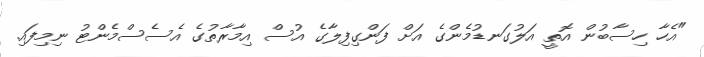
"އެހާ ހިސާބުން އޮތީ އަލުގަނޑުމެންގެ އަށް ފަންގިފިލާގެ އުސް އިމާރާތުގެ އެސެސްމެންޓު ނިމިފައި.